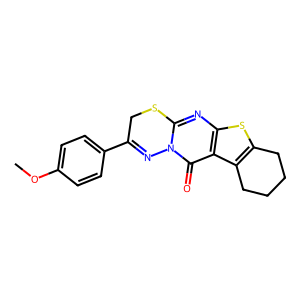
SMILES: COc1ccc(C2=Nn3c(nc4sc5c(c4c3=O)CCCC5)SC2)cc1
Inhibits HIV replication: No